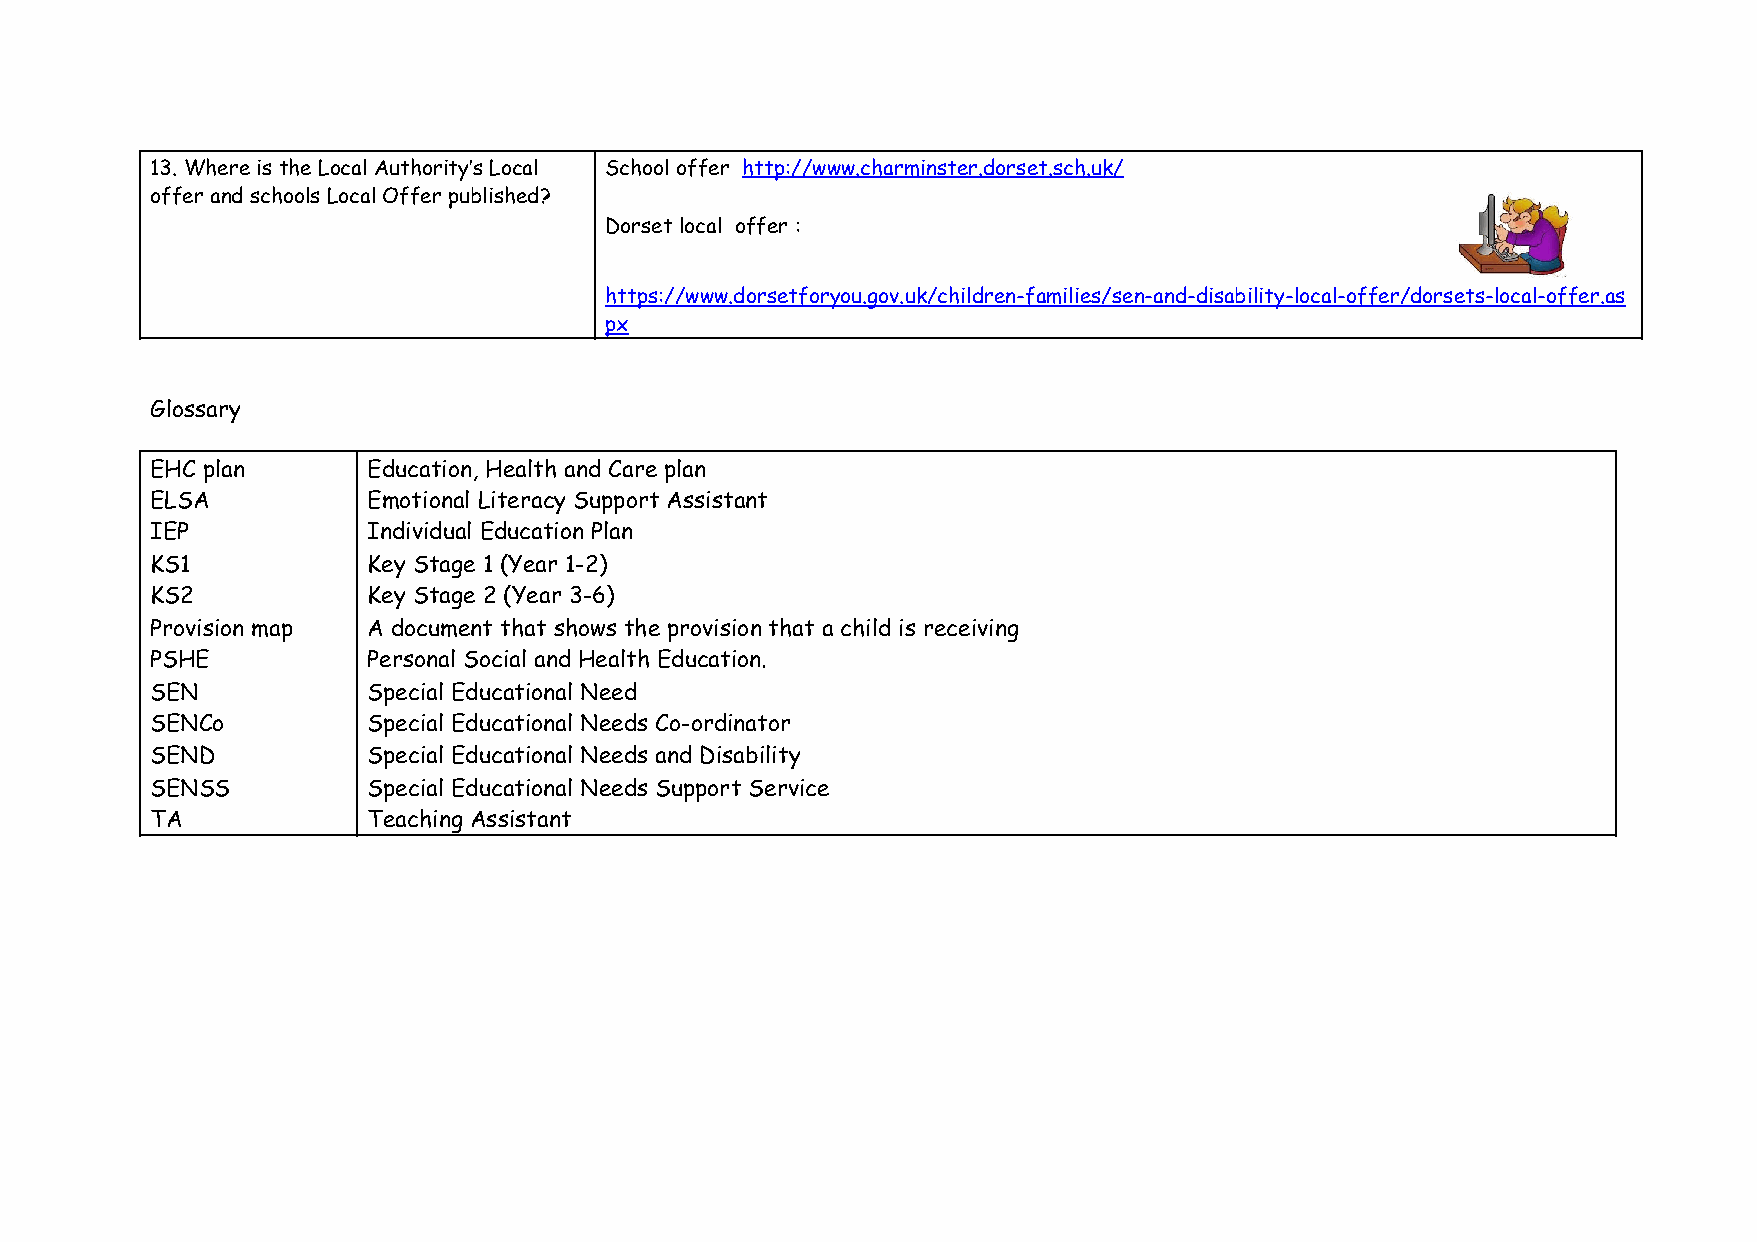
13. Where is the Local Authority’s Local School offer http://www.charminster.dorset.sch.uk/
 ​
 offer and schools Local Offer published?
 Dorset local offer :
 https://www.dorsetforyou.gov.uk/children-families/sen-and-disability-local-offer/dorsets-local-offer.as
 px
 Glossary
 EHC plan      Education, Health and Care plan
 ELSA          Emotional Literacy Support Assistant
 IEP           Individual Education Plan
 KS1           Key Stage 1 (Year 1-2)
 KS2           Key Stage 2 (Year 3-6)
 Provision map A document that shows the provision that a child is receiving
 PSHE          Personal Social and Health Education.
 SEN           Special Educational Need
 SENCo         Special Educational Needs Co-ordinator
 SEND          Special Educational Needs and Disability
 SENSS         Special Educational Needs Support Service
 TA            Teaching Assistant